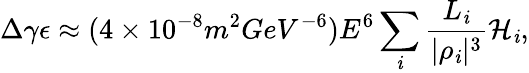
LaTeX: \Delta\gamma\epsilon\approx(4\times10^{-8}m^{2}GeV^{-6})E^{6}\sum_{\mathit{i}}{\frac{{L_{\mathit{i}}}}{{|\rho_{\mathit{i}}|^{3}}}\mathcal{{H}}_{\mathit{i}}},